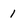
Character: 1